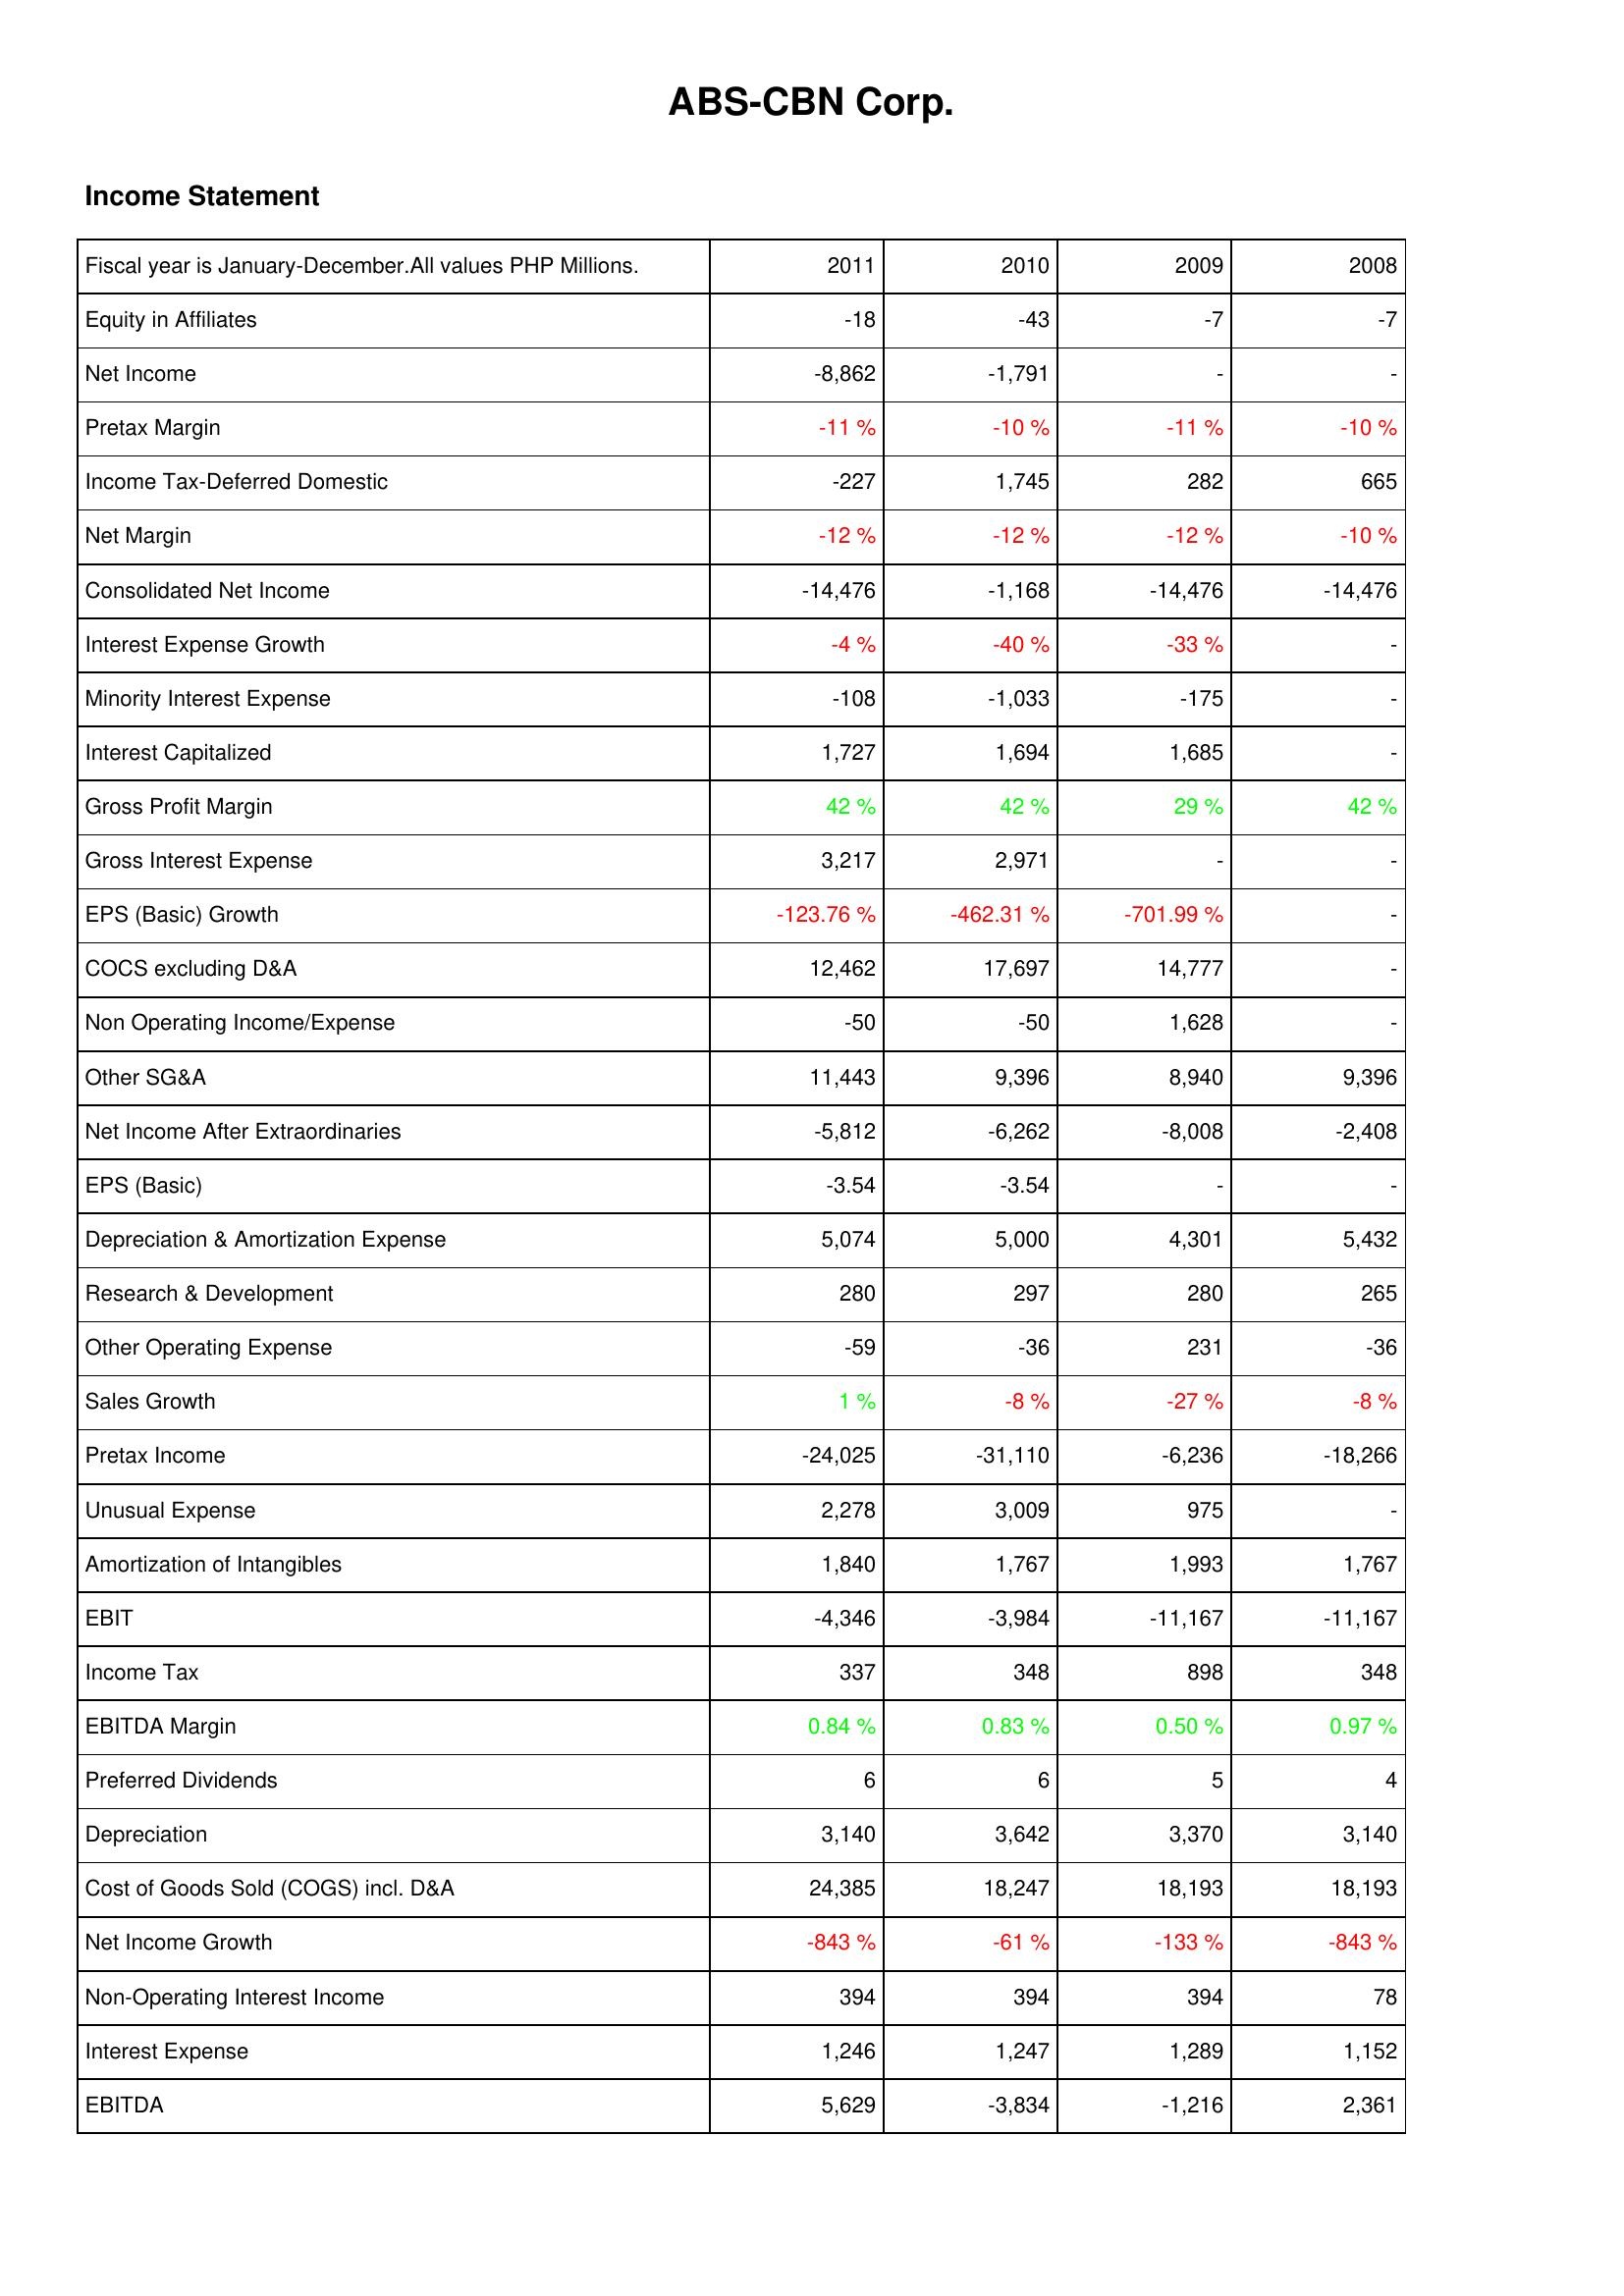
2011: Income Statement: Equity in Affiliates: -18
Net Income: -8,862
Pretax Margin: -11 %
Income Tax-Deferred Domestic: -227
Net Margin: -12 %
Consolidated Net Income: -14,476
Interest Expense Growth: -4 %
Minority Interest Expense: -108
Interest Capitalized: 1,727
Gross Profit Margin: 42 %
Gross Interest Expense: 3,217
EPS (Basic) Growth: -123.76 %
COCS excluding D&A: 12,462
Non Operating Income/Expense: -50
Other SG&A: 11,443
Net Income After Extraordinaries: -5,812
EPS (Basic): -3.54
Depreciation & Amortization Expense: 5,074
Research & Development: 280
Other Operating Expense: -59
Sales Growth: 1 %
Pretax Income: -24,025
Unusual Expense: 2,278
Amortization of Intangibles: 1,840
EBIT: -4,346
Income Tax: 337
EBITDA Margin: 0.84 %
Preferred Dividends: 6
Depreciation: 3,140
Cost of Goods Sold (COGS) incl. D&A: 24,385
Net Income Growth: -843 %
Non-Operating Interest Income: 394
Interest Expense: 1,246
EBITDA: 5,629
2010: Income Statement: Equity in Affiliates: -43
Net Income: -1,791
Pretax Margin: -10 %
Income Tax-Deferred Domestic: 1,745
Net Margin: -12 %
Consolidated Net Income: -1,168
Interest Expense Growth: -40 %
Minority Interest Expense: -1,033
Interest Capitalized: 1,694
Gross Profit Margin: 42 %
Gross Interest Expense: 2,971
EPS (Basic) Growth: -462.31 %
COCS excluding D&A: 17,697
Non Operating Income/Expense: -50
Other SG&A: 9,396
Net Income After Extraordinaries: -6,262
EPS (Basic): -3.54
Depreciation & Amortization Expense: 5,000
Research & Development: 297
Other Operating Expense: -36
Sales Growth: -8 %
Pretax Income: -31,110
Unusual Expense: 3,009
Amortization of Intangibles: 1,767
EBIT: -3,984
Income Tax: 348
EBITDA Margin: 0.83 %
Preferred Dividends: 6
Depreciation: 3,642
Cost of Goods Sold (COGS) incl. D&A: 18,247
Net Income Growth: -61 %
Non-Operating Interest Income: 394
Interest Expense: 1,247
EBITDA: -3,834
2009: Income Statement: Equity in Affiliates: -7
Net Income: -
Pretax Margin: -11 %
Income Tax-Deferred Domestic: 282
Net Margin: -12 %
Consolidated Net Income: -14,476
Interest Expense Growth: -33 %
Minority Interest Expense: -175
Interest Capitalized: 1,685
Gross Profit Margin: 29 %
Gross Interest Expense: -
EPS (Basic) Growth: -701.99 %
COCS excluding D&A: 14,777
Non Operating Income/Expense: 1,628
Other SG&A: 8,940
Net Income After Extraordinaries: -8,008
EPS (Basic): -
Depreciation & Amortization Expense: 4,301
Research & Development: 280
Other Operating Expense: 231
Sales Growth: -27 %
Pretax Income: -6,236
Unusual Expense: 975
Amortization of Intangibles: 1,993
EBIT: -11,167
Income Tax: 898
EBITDA Margin: 0.50 %
Preferred Dividends: 5
Depreciation: 3,370
Cost of Goods Sold (COGS) incl. D&A: 18,193
Net Income Growth: -133 %
Non-Operating Interest Income: 394
Interest Expense: 1,289
EBITDA: -1,216
2008: Income Statement: Equity in Affiliates: -7
Net Income: -
Pretax Margin: -10 %
Income Tax-Deferred Domestic: 665
Net Margin: -10 %
Consolidated Net Income: -14,476
Interest Expense Growth: -
Minority Interest Expense: -
Interest Capitalized: -
Gross Profit Margin: 42 %
Gross Interest Expense: -
EPS (Basic) Growth: -
COCS excluding D&A: -
Non Operating Income/Expense: -
Other SG&A: 9,396
Net Income After Extraordinaries: -2,408
EPS (Basic): -
Depreciation & Amortization Expense: 5,432
Research & Development: 265
Other Operating Expense: -36
Sales Growth: -8 %
Pretax Income: -18,266
Unusual Expense: -
Amortization of Intangibles: 1,767
EBIT: -11,167
Income Tax: 348
EBITDA Margin: 0.97 %
Preferred Dividends: 4
Depreciation: 3,140
Cost of Goods Sold (COGS) incl. D&A: 18,193
Net Income Growth: -843 %
Non-Operating Interest Income: 78
Interest Expense: 1,152
EBITDA: 2,361